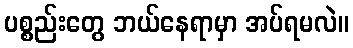
ပစ္စည်းတွေ ဘယ်နေရာမှာ အပ်ရမလဲ။